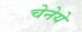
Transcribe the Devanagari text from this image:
चेनेये